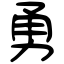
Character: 勇